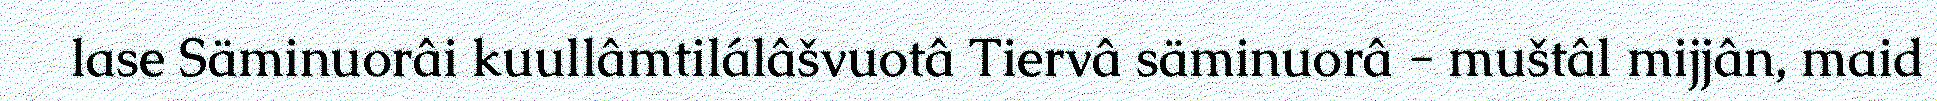
lase Säminuorâi kuullâmtilálâšvuotâ Tiervâ säminuorâ - muštâl mijjân, maid